Document type: Grant
Year: 1310
Scribe: [Unknown]
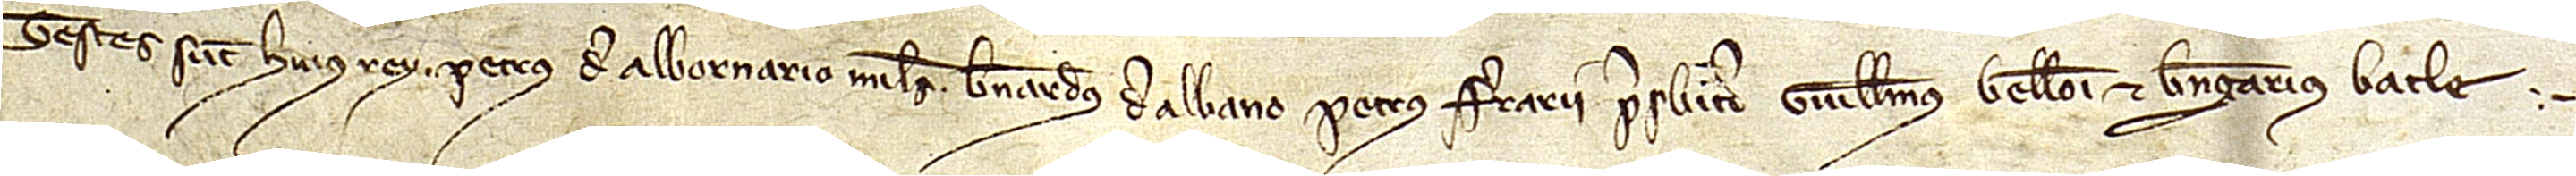
Testes sunt huius rey: Petrus de Albornario, miles, Bernardus de Albano, Petrus Ferrarii, presbiter, Guillelmus Belloni et Berengarius Batle.